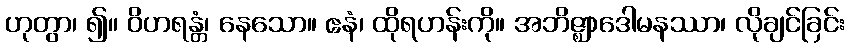
ဟုတွာ၊ ၍။ ဝိဟရန္တံ၊ နေသော။ ဧနံ၊ ထိုရဟန်းကို။ အဘိဇ္ဈာဒေါမနဿာ၊ လိုချင်ခြင်း